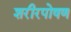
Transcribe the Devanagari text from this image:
शरीरपोषण